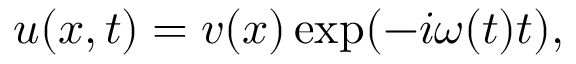
\begin{array} { r } { u ( x , t ) = v ( x ) \exp ( - i \omega ( t ) t ) , } \end{array}